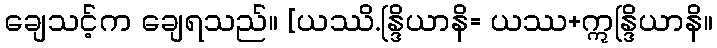
ချေသင့်က ချေရသည်။ [ယဿိ.န္ဒြိယာနိ= ယဿ+ဣန္ဒြိယာနိ။